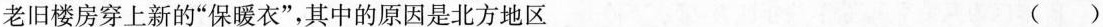
老旧楼房穿上新的”保暖衣”，其中的原因是北方地区 ( )